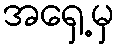
အရှေ့မှ